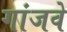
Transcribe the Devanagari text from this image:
गांजवे